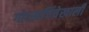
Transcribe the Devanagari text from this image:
गोरखचिंचेखाली